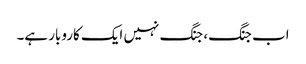
اب جنگ، جنگ نہیں ایک کاروبار ہے۔